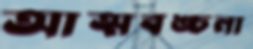
আত্মবঙ্চনা